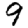
Digit: 9